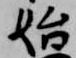
始